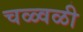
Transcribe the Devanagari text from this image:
चळ्वळी